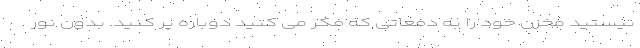
نیستید مخزن خود را به دفعاتی که فکر می کنید دوباره پر کنید. بدون نور